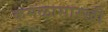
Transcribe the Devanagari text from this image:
कमळासारखी